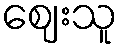
ဈေးသူ